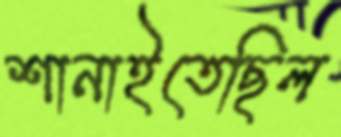
শানাইতেছিল